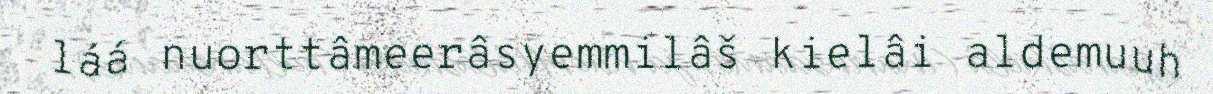
láá nuorttâmeerâsyemmilâš kielâi aldemuuh